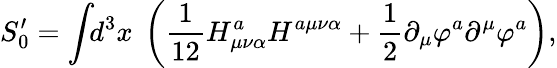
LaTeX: S_{0}^{\prime}=\int\! \! d^{3}x~\left(\frac 1{12}H_{\mu\nu\alpha}^{a}H^{a\mu\nu\alpha}+\frac 12\partial_{\mu}\varphi^{a}\partial^{\mu}\varphi^{a}\right),